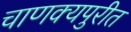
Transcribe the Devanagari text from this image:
चाणक्यपुरीत